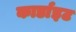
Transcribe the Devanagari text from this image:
कार्डाइट